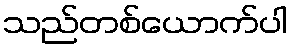
သည်တစ်ယောက်ပါ